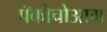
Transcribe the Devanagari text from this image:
पॅकोचोआग